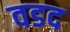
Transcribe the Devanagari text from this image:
वडद